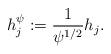
LaTeX: \begin{align*}h_j^{\psi} := \frac{1}{\psi^{1/2}}h_j.\end{align*}